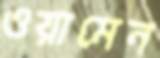
ওয়ামেন